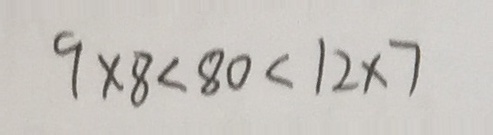
9 \times 8 < 8 0 < 1 2 \times 7